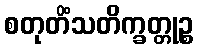
စတုတိံသတိက္ခတ္တုဉ္စ